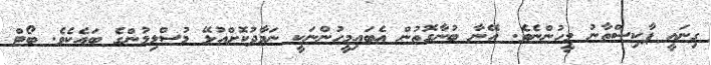
ގިނައީ ޕާކިސްތާނު މީހުންނެވެ. އޭނާ ބުނާގޮތުން އެބައިމީހުންނަކީ ނަމާދުކޮށްއުޅޭ މުސްލިމުންގެ ބައެކެވެ. ބޯޓް